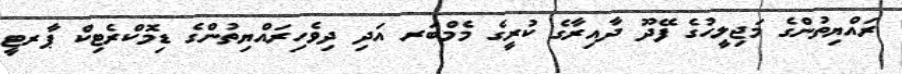
ރައްޔިތުންގެ މަޖިލީހުގެ ފޭދޫ ދާއިރާގެ ކުރީގެ މެމްބަރ އަދި ދިވެހިރައްޔިތުންގެ ޑިމޮކްރެޓިކް ޕާރޓީ